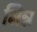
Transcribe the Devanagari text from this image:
भिन्न